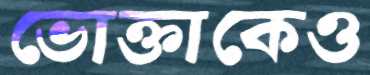
ভোক্তাকেও